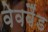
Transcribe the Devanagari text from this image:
वेवबैंड